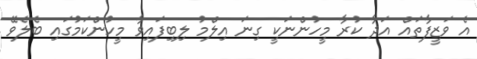
އެ ވަޒީފާތައް އަދާ ކުރާ މީހުންނަކީ ގިނަ އިލްމު ލިބިފައިވާ މީހުންކަމުގައި ބެލެވޭ